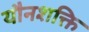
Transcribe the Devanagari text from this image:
यौनशक्ति